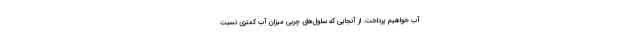
آب خواهیم پرداخت. از آنجایی‌ که سلول‌های چربی میزان آب کمتری نسبت